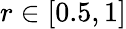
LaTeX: r\in\left[0.5,1\right]